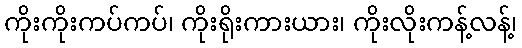
ကိုးကိုးကပ်ကပ်၊ ကိုးရိုးကားယား၊ ကိုးလိုးကန့်လန့်၊